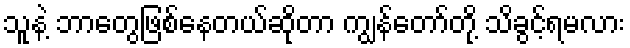
သူနဲ့ ဘာတွေဖြစ်နေတယ်ဆိုတာ ကျွန်တော်တို့ သိခွင့်ရမလား